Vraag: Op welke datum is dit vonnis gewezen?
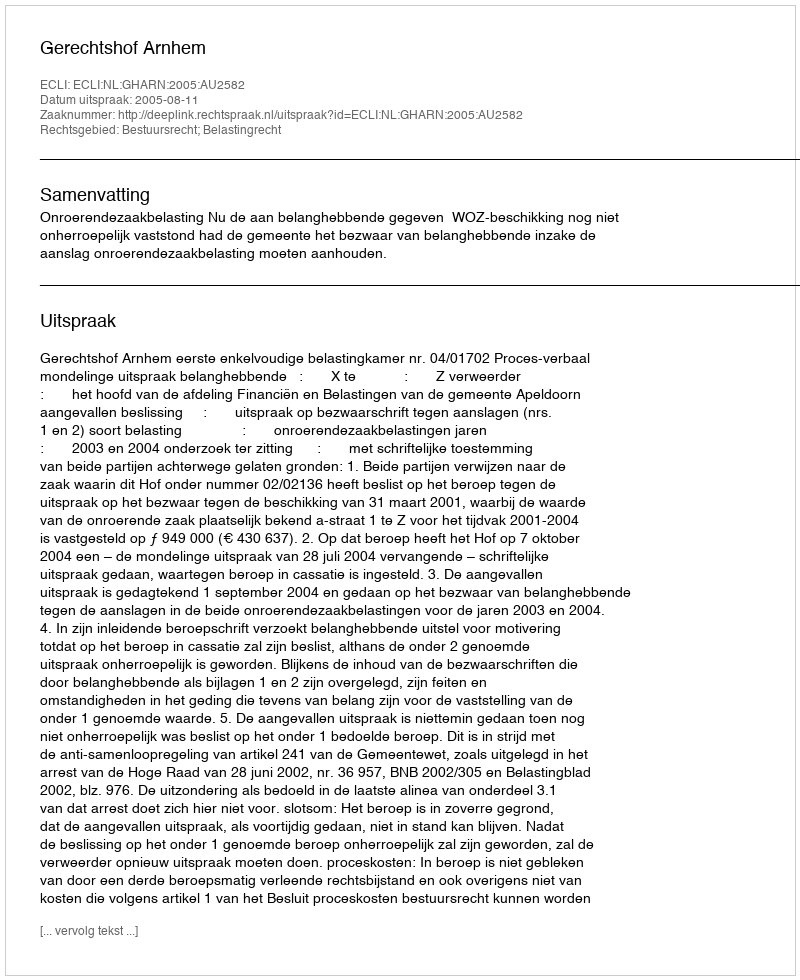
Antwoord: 2005-08-11